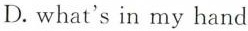
D.what's in my hand